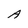
Character: A